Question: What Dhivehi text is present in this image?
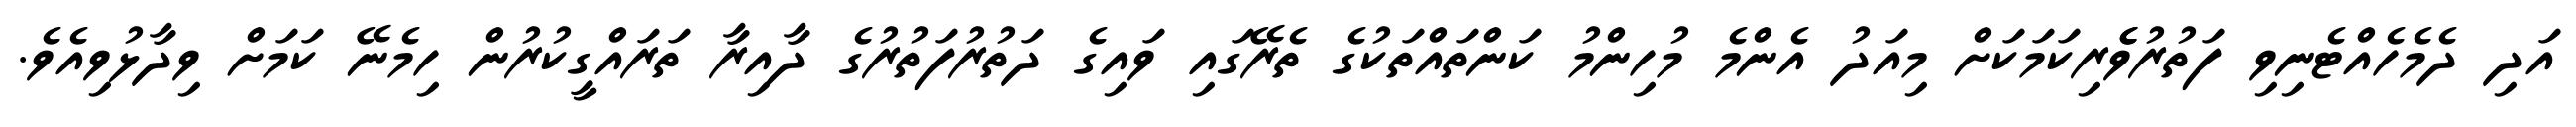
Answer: އަދި ދެމެހެއްޓެނިވި ފަތުރުވެެރިކަމަކަށް މިއަދު އެންމެ މުހިންމު ކަންތައްތަކުގެ ތެރޭގައި ވައިގެ ދަތުރުފަތުރުގެ ދާއިރާ ތަރައްގީކުރުން ހިމެނޭ ކަމަށް ވިދާޅުވިއެވެ.